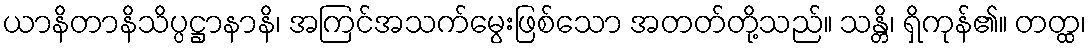
ယာနိတာနိသိပ္ပဋ္ဌာနာနိ၊ အကြင်အသက်မွေးဖြစ်သော အတတ်တို့သည်။ သန္တိ၊ ရှိကုန်၏။ တတ္ထ၊